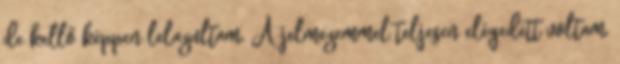
de kellő képpen lelazultam. A jelmezemmel teljesen elégedett voltam,